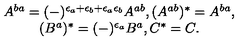
\begin{array} { c } { A ^ { b a } = ( - ) ^ { \epsilon _ { a } + \epsilon _ { b } + \epsilon _ { a } \epsilon _ { b } } A ^ { a b } , ( A ^ { a b } ) ^ { * } = A ^ { b a } , } \\ { ( B ^ { a } ) ^ { * } = ( - ) ^ { \epsilon _ { a } } B ^ { a } , C ^ { * } = C . } \\ \end{array}